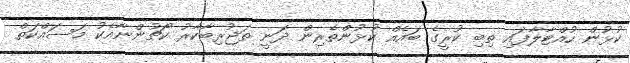
ކުޅުން ހުއްޓާލާފައި ތިބި ކުރީގެ ބައެއް ކުޅުންތެރިން ދަނީ ތަޖުރިބާކާރު ކޯޗުންނާއެކު މަސައްކަތް